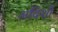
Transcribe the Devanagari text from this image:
अदिशों